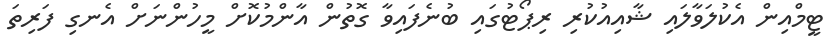
ޓީމްއިން އެކުލަވާލައި ޝާއިއުކުރި ރިޕޯޓުގައި ބުނެފައިވާ ގޮތުން އާންމުކޮށް މީހުންނަށް އެނގި ފަރިތަ